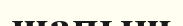
шапыш